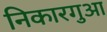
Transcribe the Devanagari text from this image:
निकारगुआ